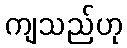
ကျသည်ဟု